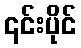
၎င်းပိုင်